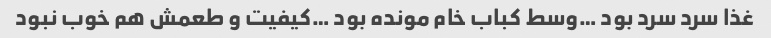
غذا سرد سرد بود …وسط کباب خام مونده بود …کیفیت و طعمش هم خوب نبود